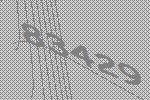
83429